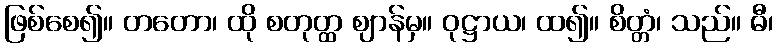
ဖြစ်စေ၍။ တတော၊ ထို စတုတ္ထ ဈာန်မှ။ ဝုဋ္ဌာယ၊ ထ၍။ စိတ္တံ၊ သည်။ ဓီ၊